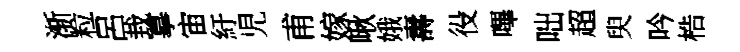
渐粒呂㘽摹宙紆児甫嫁啾娥夀役嗶咄超臾吟梏